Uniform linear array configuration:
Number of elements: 8
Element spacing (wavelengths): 0.25
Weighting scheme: exponential
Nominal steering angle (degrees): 60
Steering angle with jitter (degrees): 59.835
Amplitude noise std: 0.05
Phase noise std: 0.05

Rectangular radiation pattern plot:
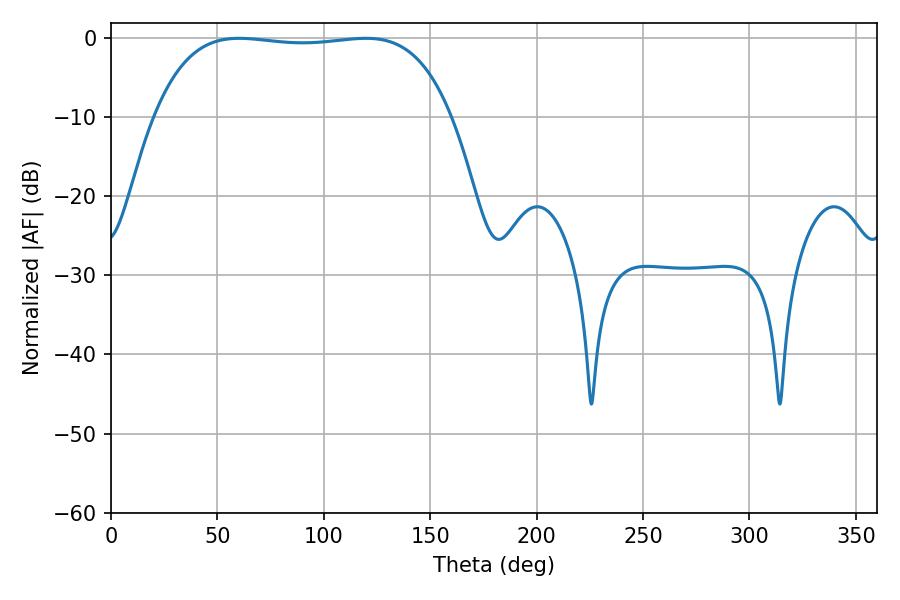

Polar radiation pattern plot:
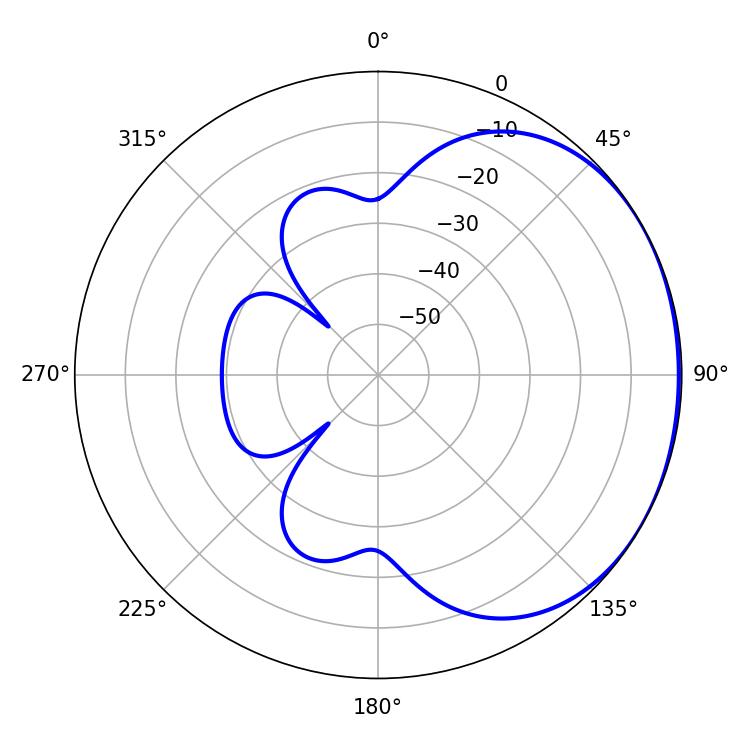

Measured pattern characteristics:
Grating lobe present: FALSE
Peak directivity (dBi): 1.108
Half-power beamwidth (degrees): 110.52
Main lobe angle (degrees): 60.3